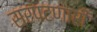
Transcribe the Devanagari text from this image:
सरपटणारी